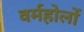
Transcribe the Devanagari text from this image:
वर्महोलों